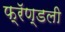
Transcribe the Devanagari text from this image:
फ्रॅण्डली